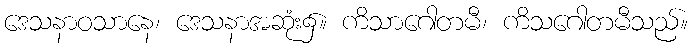
ဒေသနာဝသာနေ၊ ဒေသနာအဆုံး၌။ ကိသာဂေါတမီ၊ ကိသဂေါတမီသည်။